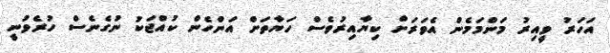
އަހަރު ވީއިރު މަންމަމެން އެވަރަށް ކިޔާއިރުވެސް ހަޔާތަށް އަންހެން ކުއްޖަކު ނުގެނެސް ހުރެވުނީ